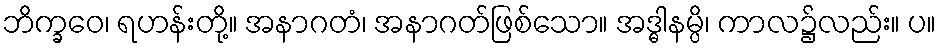
ဘိက္ခဝေ၊ ရဟန်းတို့။ အနာဂတံ၊ အနာဂတ်ဖြစ်သော။ အဒ္ဓါနမ္ပိ၊ ကာလ၌လည်း။ ပ။